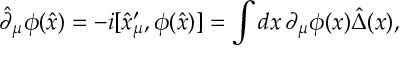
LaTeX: \hat { \partial } _ { \mu } \phi ( \hat { x } ) = - i [ \hat { x } _ { \mu } ^ { \prime } , \phi ( \hat { x } ) ] = \int d x \, \partial _ { \mu } \phi ( x ) \hat { \Delta } ( x ) ,